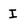
Character: I